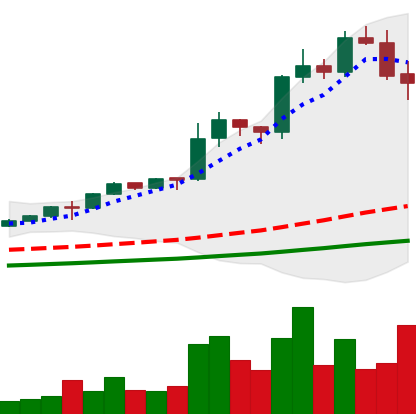
Ticker: LINK-USD
Chart end date: 2020-08-18
Forward return: -6.568%
Label: down_5_7